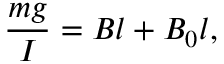
\frac { m g } { I } = B l + B _ { 0 } l ,